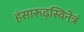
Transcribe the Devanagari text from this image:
हंसारूढ़स्विनेत्रं